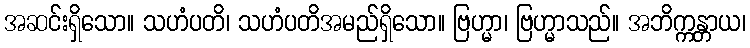
အဆင်းရှိသော။ သဟံပတိ၊ သဟံပတိအမည်ရှိသော။ ဗြဟ္မာ၊ ဗြဟ္မာသည်။ အဘိက္ကန္တာယ၊